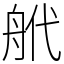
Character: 𦨮